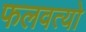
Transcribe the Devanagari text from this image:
फलवत्यो